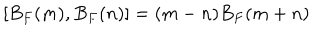
[ B _ { F } ( m ) , B _ { F } ( n ) ] = ( m - n ) B _ { F } ( m + n )